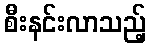
စီးနင်းလာသည့်